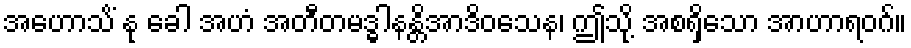
အဟောသိံ နု ခေါ အဟံ အတီတမဒ္ဓါနန္တိအာဒိဝသေန၊ ဤသို့ အစရှိသော အာဟာရဝဂ်။